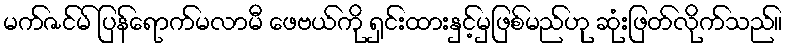
မက်ဇင်မ် ပြန်ရောက်မလာမီ ဖေဗယ်ကို ရှင်းထားနှင့်မှဖြစ်မည်ဟု ဆုံးဖြတ်လိုက်သည်။